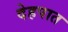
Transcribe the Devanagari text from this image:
देहपात